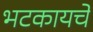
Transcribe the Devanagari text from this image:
भटकायचे